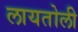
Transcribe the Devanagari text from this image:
लायतोली